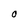
Character: 0